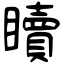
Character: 𥌚